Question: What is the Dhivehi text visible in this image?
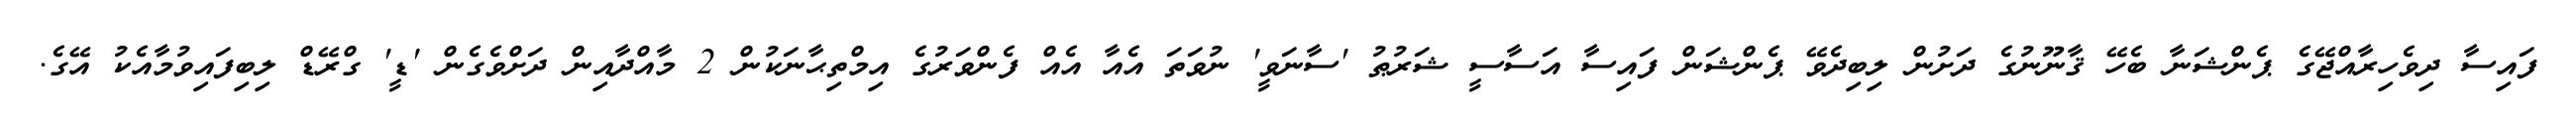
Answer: ފައިސާ ދިވެހިރާއްޖޭގެ ޕެންޝަނާ ބެހޭ ޤާނޫނުގެ ދަށުން ލިބިދެވޭ ޕެންޝަން ފައިސާ އަސާސީ ޝަރުޠު 'ސާނަވީ' ނުވަތަ އެއާ އެއް ފެންވަރުގެ އިމްތިޙާނަކުން 2 މާއްދާއިން ދަށްވެގެން 'ޑީ' ގްރޭޑް ލިބިފައިވުމާއެކު އޭގެ.